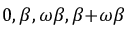
0 , \beta , \omega \beta , \beta { + } \omega \beta